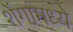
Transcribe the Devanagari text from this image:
शेंगांमध्ये